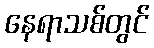
နေရာသစ်တွင်